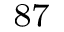
^ { 8 7 }